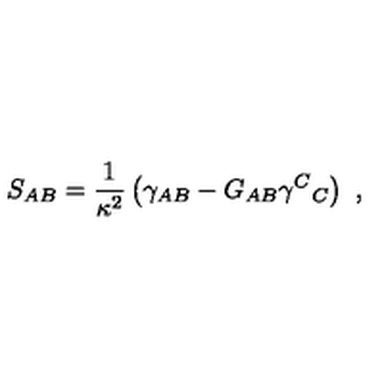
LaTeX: S _ { A B } = { \frac { 1 } { \kappa ^ { 2 } } } \left( \gamma _ { A B } - G _ { A B } \gamma ^ { C } { } _ { C } \right) \ ,